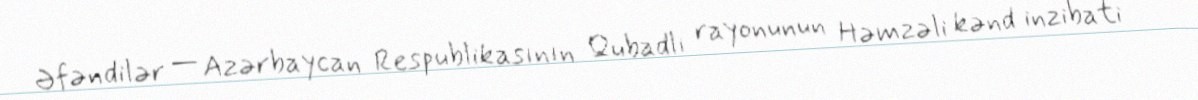
Əfəndilər — Azərbaycan Respublikasının Qubadlı rayonunun Həmzəli kənd inzibati